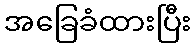
အခြေခံထားပြီး